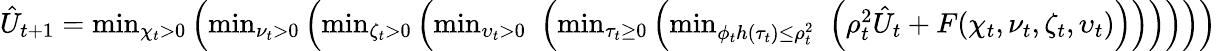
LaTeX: \begin{array}{r}{\hat{U}_{t+1}=\operatorname*{min}_{\chi_{t}>0}\left(\operatorname*{min}_{\nu_{t}>0}\left(\operatorname*{min}_{\zeta_{t}>0}\left(\operatorname*{min}_{\upsilon_{t}>0}\, \, \left(\operatorname*{min}_{\tau_{t}\ge 0}\left(\operatorname*{min}_{\phi_{t}h(\tau_{t})\le\rho_{t}^{2}}\, \, \left(\rho_{t}^{2}\hat{U}_{t}+F(\chi_{t},\nu_{t},\zeta_{t},\upsilon_{t})\right)\right)\right)\right)\right)\right)}\end{array}